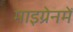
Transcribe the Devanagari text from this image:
माइग्रेनमें